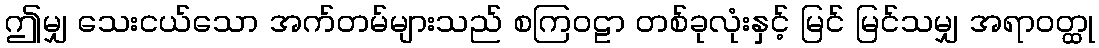
ဤမျှ သေးငယ်သော အက်တမ်များသည် စကြဝဠာ တစ်ခုလုံးနှင့် မြင် မြင်သမျှ အရာဝတ္ထု